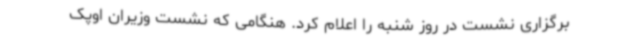
برگزاری نشست در روز شنبه را اعلام کرد. هنگامی که نشست وزیران اوپک